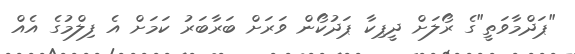
"ޕަދްމާވަތީ"ގެ ރޯލަށް ދީޕިކާ ޕަދުކޯން ވަރަށް ބަރާބަރު ކަމަށް އެ ފިލްމުގެ އެއް